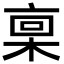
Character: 𪲪